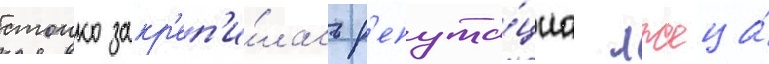
стоико закр'еп'и́лась р'епута́циа лжеца́